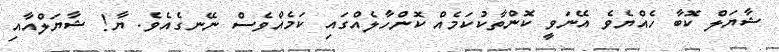
ޝާޔަލް ކޮބާ ހެއްޔެވެ އޭނަވީ ކޮންތާކުކަމެއް ކޮންހާލެއްގައި ކަމެއްވެސް ނޭނގެއެވެ. ޔާ! ޝާޔަލްއާއި